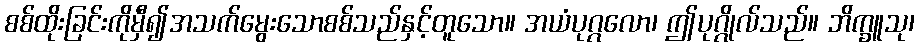
စစ်ထိုးခြင်းကိုမှီ၍အသက်မွေးသောစစ်သည်နှင့်တူသော။ အယံပုဂ္ဂလော၊ ဤပုဂ္ဂိုလ်သည်။ ဘိက္ခူသု၊